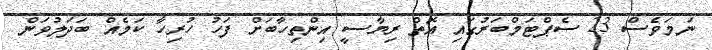
ނަމަވެސް 23 ސެޕްޓަމްބަރުގައި އޮތް ރިޔާސީ އިންތިހާބަށް ފަހު ހުރިހާ ކަމެއް ބަދަލުވަން